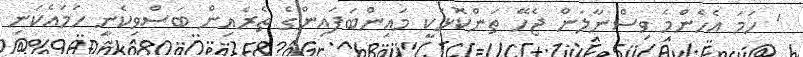
' ހަމަ އެހެންމެ ވިސްނާލަން ޖެހޭ ތަންކޮޅަކީ މައިންބަފައިންގެ ތެރެއިން ބަސްވިކެނީ ހަމައެކަނި